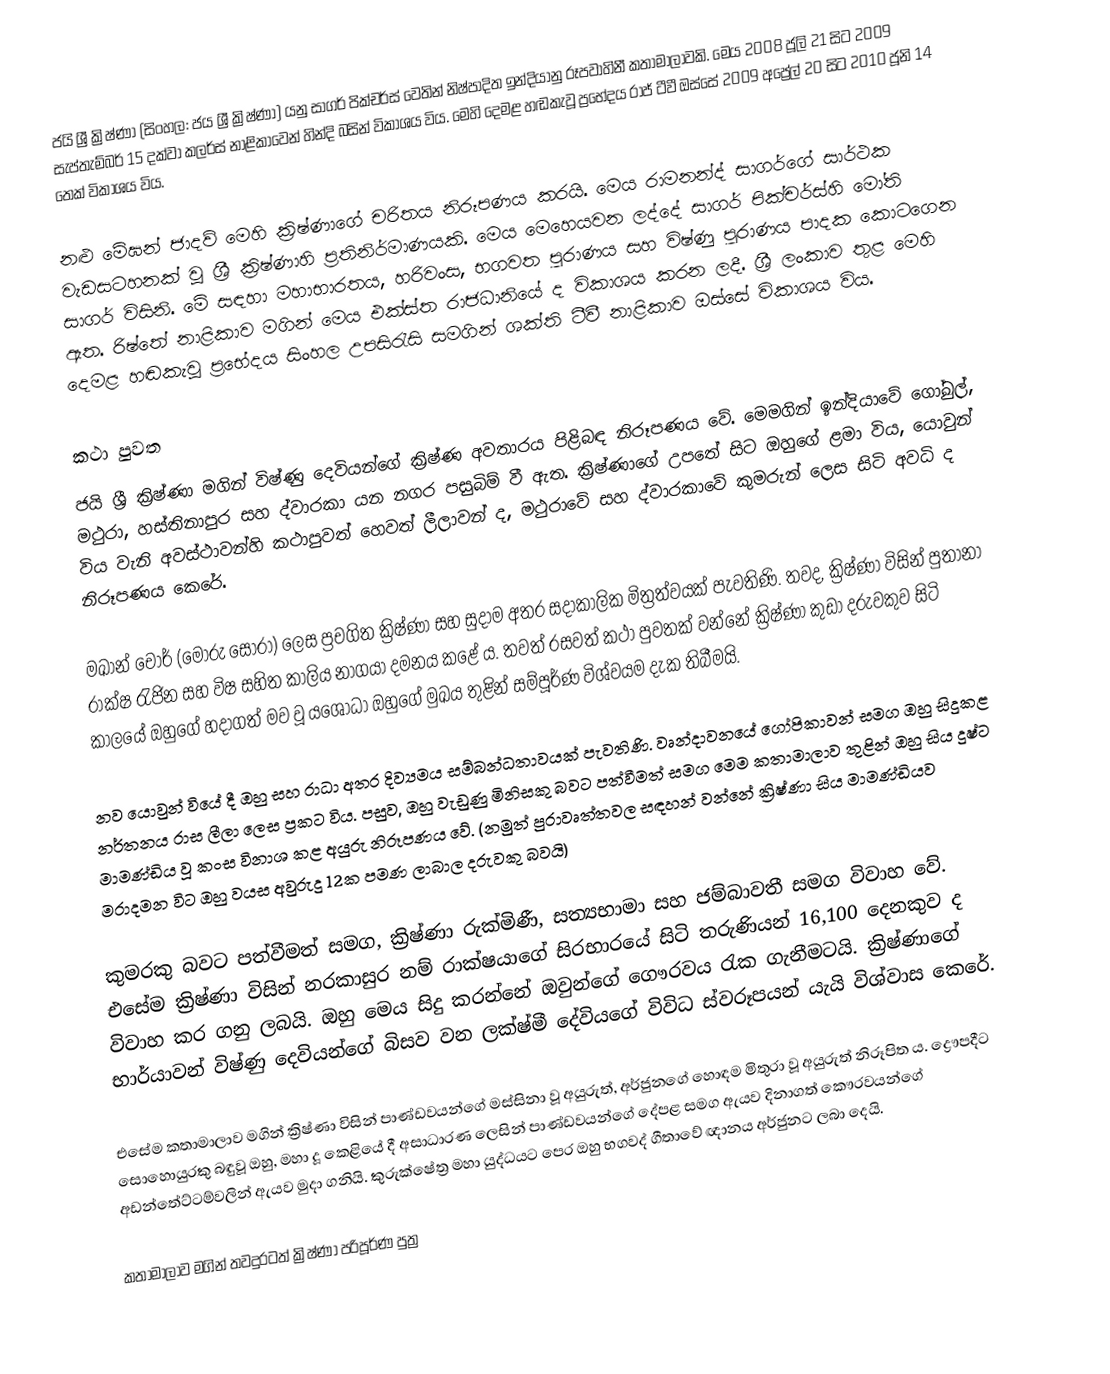
ජයි ශ්‍රී ක්‍රිෂ්ණා (සිංහල: ජය ශ්‍රී ක්‍රිෂ්ණා) යනු සාගර් පික්චර්ස් වෙතින් නිෂ්පාදිත ඉන්දියානු රූපවාහිනී කතාමාලාවකි. මෙය 2008 ජූලි 21 සිට 2009 සැප්තැම්බර් 15 දක්වා කලර්ස් නාළිකාවෙන් හින්දි බසින් විකාශය විය. මෙහි දෙමළ හඬකැවූ ප්‍රභේදය රාජ් ටීවී ඔස්සේ 2009 අප්‍රේල් 20 සිට 2010 ජූනි 14 තෙක් විකාශය විය.

නළු මේඝන් ජාදව් මෙහි ක්‍රිෂ්ණාගේ චරිතය නිරූපණය කරයි. මෙය රාමනන්ද් සාගර්ගේ සාර්ථක වැඩසටහනක් වූ ශ්‍රී ක්‍රිෂ්ණාහි ප්‍රතිනිර්මාණයකි. මෙය මෙහෙයවන ලද්දේ සාගර් පික්චර්ස්හි මෝති සාගර් විසිනි. මේ සඳහා මහාභාරතය, හරිවංස, භගවත පුරාණය සහ විෂ්ණු පුරාණය පාදක කොටගෙන ඇත. රිෂ්තේ නාළිකාව මගින් මෙය එක්ස්ත රාජධානියේ ද විකාශය කරන ලදී. ශ්‍රී ලංකාව තුළ මෙහි දෙමළ හඬකැවූ ප්‍රභේදය සිංහල උපසිරැසි සමගින් ශක්ති ටීවී නාළිකාව ඔස්සේ විකාශය විය.

කථා පුවත
ජයි ශ්‍රී ක්‍රිෂ්ණා මගින් විෂ්ණු දෙවියන්ගේ ක්‍රිෂ්ණ අවතාරය පිළිබඳ නිරූපණය වේ. මෙමගින් ඉන්දියාවේ ගෝඛුල්, මථුරා, හස්තිනාපුර සහ ද්වාරකා යන නගර පසුබිම් වී ඇත. ක්‍රිෂ්ණාගේ උපතේ සිට ඔහුගේ ළමා විය, යොවුන් විය වැනි අවස්ථාවන්හි කථාපුවත් හෙවත් ලීලාවන් ද, මථුරාවේ සහ ද්වාරකාවේ කුමරුන් ලෙස සිටි අවධි ද නිරූපණය කෙරේ.

මඛාන් චෝර් (මෝරු සොරා) ලෙස ප්‍රචගිත ක්‍රිෂ්ණා සහ සුදාම අතර සදාකාලික මිත්‍රත්වයක් පැවතිණි. තවද, ක්‍රිෂ්ණා විසින් පුතානා රාක්ෂ රැජින සහ විෂ සහිත කාලිය නාගයා දමනය කළේ ය. තවත් රසවත් කථා පුවතක් වන්නේ ක්‍රිෂ්ණා කුඩා දරුවකුව සිටි කාලයේ ඔහුගේ හදාගත් මව වූ යශෝධා ඔහු‍ගේ මුඛය තුළින් සම්පූර්ණ විශ්වයම දැක තිබීමයි.

නව යොවුන් වියේ දී ඔහු සහ රාධා අතර දිව්‍යමය සම්බන්ධතාවයක් පැවතිණි. වෘන්දාවනයේ ගෝපිකාවන් සමග ඔහු සිදුකළ නර්තනය රාස ලීලා ලෙස ප්‍රකට විය. පසුව, ඔහු වැඩුණු මිනිසකු බවට පත්වීමත් සමග මෙම කතාමාලාව තුළින් ඔහු සිය දුෂ්ට මාමණ්ඩිය වූ කංස විනාශ කළ අයුරු නිරූපණය වේ. (නමුත් පුරාවෘත්තවල සඳහන් වන්නේ ක්‍රිෂ්ණා සිය මාමණ්ඩියව මරාදමන විට ඔහු වයස අවුරුදු 12ක පමණ ලාබාල දරුවකු බවයි)

කුමරකු බවට පත්වීමත් සමග, ක්‍රිෂ්ණා රුක්මිණී, සත්‍යභාමා සහ ජම්බාවතී සමග විවාහ වේ. එසේම ක්‍රිෂ්ණා විසින් නරකාසුර නම් රාක්ෂයාගේ සිරභාරයේ සිටි තරුණියන් 16,100 දෙනකුව ද විවාහ කර ගනු ලබයි. ඔහු මෙය සිදු කරන්නේ ඔවුන්ගේ ගෞරවය රැක ගැනීමටයි. ක්‍රිෂ්ණාගේ භාර්යාවන් විෂ්ණු දෙවියන්ගේ බිසව වන ලක්ෂ්මී දේවියගේ විවිධ ස්වරූපයන් යැයි විශ්වාස කෙරේ.

එසේම කතාමාලාව මගින් ක්‍රිෂ්ණා විසින් පාණ්ඩවයන්ගේ මස්සිනා වූ අයුරුත්, අර්ජුනගේ හොඳම මිතුරා වූ අයුරුත් නිරූපිත ය. ද්‍රෞපදීට සොහොයුරකු බඳුවූ ඔහු, මහා දූ කෙළියේ දී අසාධාරණ ලෙසින් පාණ්ඩවයන්ගේ දේපළ සමග ඇයව දිනාගත් කෞරවයන්ගේ අඩන්තේට්ටම්වලින් ඇයව මුදා ගනියි. කුරුක්ෂේත්‍ර මහා යුද්ධයට පෙර ඔහු භගවද් ගීතාවේ ඥානය අර්ජුනට ලබා දෙයි.

කතාමාලාව මගින් තවදුරටත් ක්‍රිෂ්ණා පරිපූර්ණ පුත්‍ර